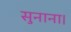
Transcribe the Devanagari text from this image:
सुनाना।